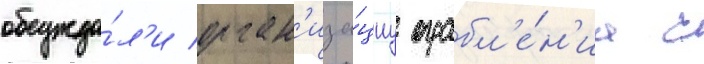
обсужда́л'и орган'иза́циу ограбл'е́н'иа с